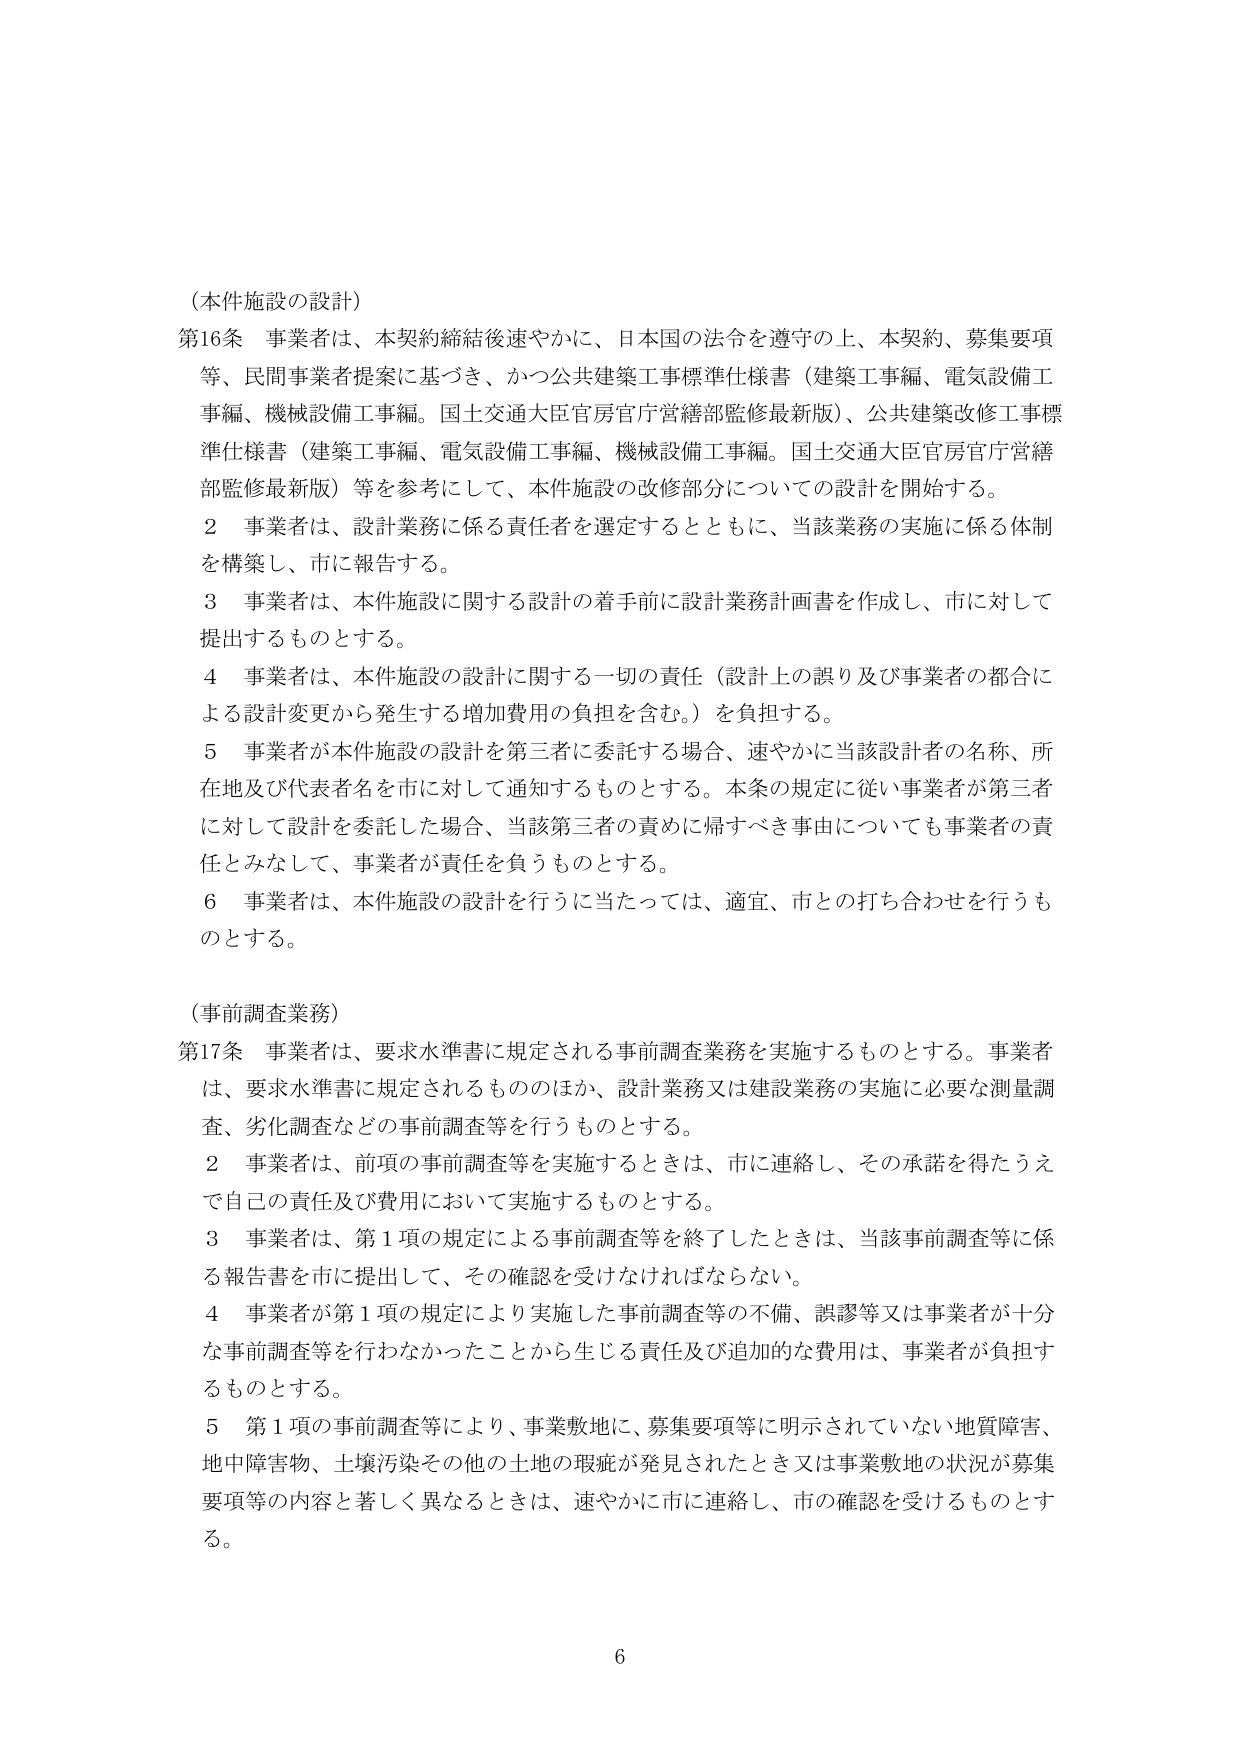
（本件施設の設計）

第16条 事業者は、本契約締結後速やかに、日本国の法令を遵守の上、本契約、募集要項等、民間事業者提案に基づき、かつ公共建築工事標準仕様書（建築工事編、電気設備工事編、機械設備工事編。国土交通大臣官房官庁営繕部監修最新版）、公共建築改修工事標準仕様書（建築工事編、電気設備工事編、機械設備工事編。国土交通大臣官房官庁営繕部監修最新版）等を参考にして、本件施設の改修部分についての設計を開始する。

２ 事業者は、設計業務に係る責任者を選定するとともに、当該業務の実施に係る体制を構築し、市に報告する。

３ 事業者は、本件施設に関する設計の着手前に設計業務計画書を作成し、市に対して提出するものとする。

４ 事業者は、本件施設の設計に関する一切の責任（設計上の誤り及び事業者の都合による設計変更から発生する増加費用の負担を含む。）を負担する。

５ 事業者が本件施設の設計を第三者に委託する場合、速やかに当該設計者の名称、所在地及び代表者名を市に対して通知するものとする。本条の規定に従い事業者が第三者に対して設計を委託した場合、当該第三者の責めに帰すべき事由についても事業者の責任とみなして、事業者が責任を負うものとする。

６ 事業者は、本件施設の設計を行うに当たっては、適宜、市との打ち合わせを行うものとする。

（事前調査業務）

第17条 事業者は、要求水準書に規定される事前調査業務を実施するものとする。事業者は、要求水準書に規定されるもののほか、設計業務又は建設業務の実施に必要な測量調査、劣化調査などの事前調査等を行うものとする。

２ 事業者は、前項の事前調査等を実施するときは、市に連絡し、その承諾を得たうえで自己の責任及び費用において実施するものとする。

３ 事業者は、第１項の規定による事前調査等を終了したときは、当該事前調査等に係る報告書を市に提出して、その確認を受けなければならない。

４ 事業者が第１項の規定により実施した事前調査等の不備、誤謬等又は事業者が十分な事前調査等を行わなかったことから生じる責任及び追加的な費用は、事業者が負担するものとする。

５ 第１項の事前調査等により、事業敷地に、募集要項等に明示されていない地質障害、地中障害物、土壌汚染その他の土地の瑕疵が発見されたとき又は事業敷地の状況が募集要項等の内容と著しく異なるときは、速やかに市に連絡し、市の確認を受けるものとする。

6